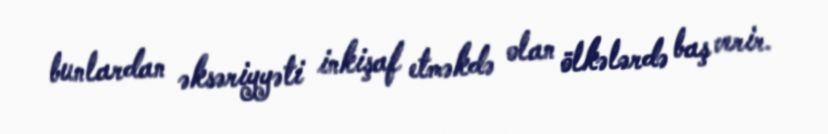
bunlardan əksəriyyəti inkişaf etməkdə olan ölkələrdə baş verir.